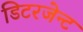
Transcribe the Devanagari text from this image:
डिटरजेन्ट